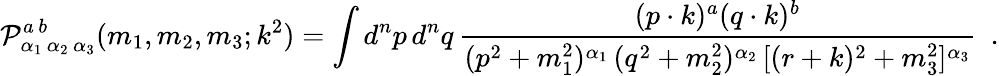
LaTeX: {\cal P}_{\alpha_{1}\, \alpha_{2}\, \alpha_{3}}^{a\, b}(m_{1},m_{2},m_{3};k^{2})=\int d^{n}p\, d^{n}q\, \frac{(p\cdot k)^{a}(q\cdot k)^{b}}{(p^{2}+m_{1}^{2})^{\alpha_{1}}\, (q^{2}+m_{2}^{2})^{\alpha_{2}}\, [(r+k)^{2}+m_{3}^{2}]^{\alpha_{3}}}~~.